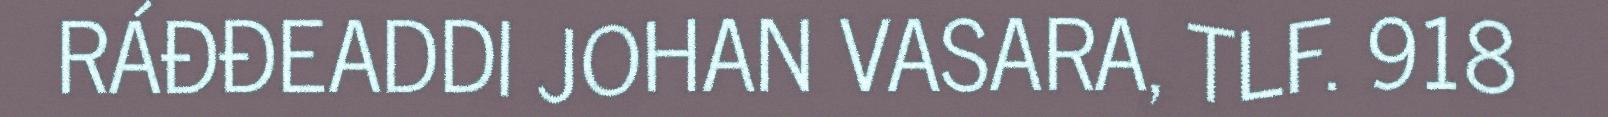
RÁĐĐEADDI JOHAN VASARA, TLF. 918